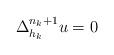
LaTeX: \begin{align*} \Delta_{h_k}^{n_k+1}u=0 \end{align*}